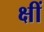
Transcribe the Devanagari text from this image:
क्षीं